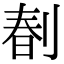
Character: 𠝩